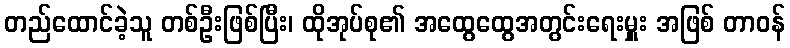
တည်ထောင်ခဲ့သူ တစ်ဦးဖြစ်ပြီး၊ ထိုအုပ်စု၏ အထွေထွေအတွင်းရေးမှူး အဖြစ် တာဝန်